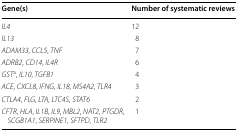
<table><thead><tr><td><b>Gene(s)</b></td><td><b>Number of systematic reviews</b></td></tr></thead><tbody><tr><td><i>IL4</i></td><td>12</td></tr><tr><td><i>IL13</i></td><td>8</td></tr><tr><td><i>ADAM33</i>, <i>CCL5</i>, <i>TNF</i></td><td>7</td></tr><tr><td><i>ADRB2</i>, <i>CD14</i>, <i>IL4R</i></td><td>6</td></tr><tr><td><i>GST</i><sup>a</sup>, <i>IL10</i>, <i>TGFB1</i></td><td>4</td></tr><tr><td><i>ACE</i>, <i>CXCL8</i>, <i>IFNG</i>, <i>IL18</i>, <i>MS4A2</i>, <i>TLR4</i></td><td>3</td></tr><tr><td><i>CTLA4</i>, <i>FLG</i>, <i>LTA</i>, <i>LTC4S</i>, <i>STAT6</i></td><td>2</td></tr><tr><td><i>CFTR</i>, <i>HLA</i>, <i>IL1B</i>, <i>IL9</i>, <i>MBL2</i>, <i>NAT2</i>, <i>PTGDR</i>, <i>SCGB1A1</i>, <i>SERPINE1</i>, <i>SFTPD</i>, <i>TLR2</i></td><td>1</td></tr></tbody></table>